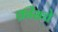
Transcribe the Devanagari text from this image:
क्रीसचे